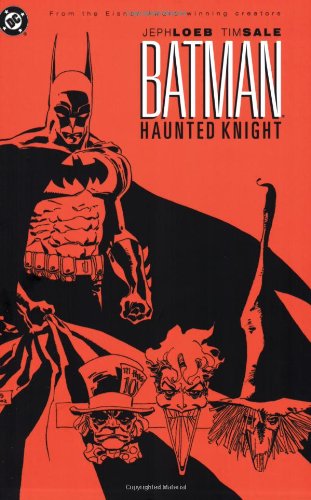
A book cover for Batman: Haunted Knight; Jeph Loeb; Teen & Young Adult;